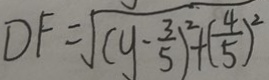
D F = \sqrt { ( y - \frac { 3 } { 5 } ) ^ { 2 } + ( \frac { 4 } { 5 } ) ^ { 2 } }